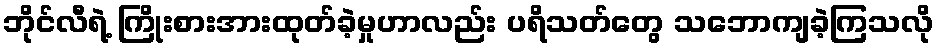
ဘိုင်လီရဲ့ ကြိုးစားအားထုတ်ခဲ့မှုဟာလည်း ပရိသတ်တွေ သဘောကျခဲ့ကြသလို